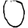
Digit: 0